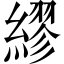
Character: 繆